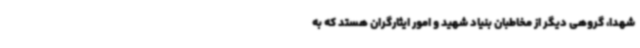
شهدا، گروهی دیگر از ‌مخاطبان بنیاد شهید و امور ایثارگران هستد که به